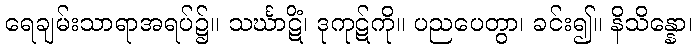
ရေချမ်းသာရာအရပ်၌။ သင်္ဃာဋိံ၊ ဒုကုဋ်ကို။ ပညပေတွာ၊ ခင်း၍။ နိသိန္နော၊